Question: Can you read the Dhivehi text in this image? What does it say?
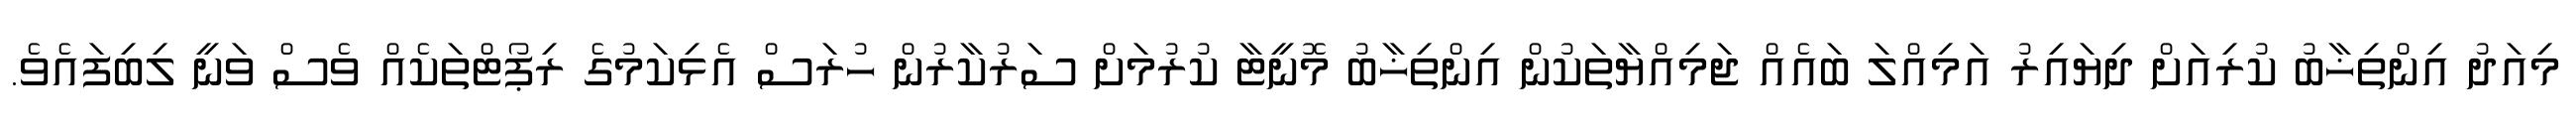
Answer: މިއަދު އިންތިޚާބު ކުރިއަށް ދިޔައިރު އަމިއްލަ ބައެއް ޖަމިއްޔާތަކުން އިންތިޚާބު މޮނީޓާ ކުރުމަށް ސަރުކާރުން ހުރަސް އެޅިކަމުގެ ރިޕޯޓްތަކެއް ވެސް ވަނީ ލިބިފައެވެ.